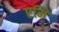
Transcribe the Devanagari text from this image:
एमि